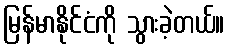
မြန်မာနိုင်ငံကို သွားခဲ့တယ်။